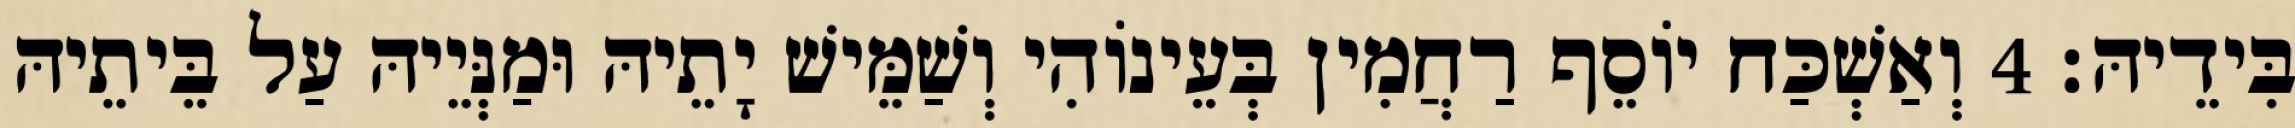
בִּידֵיהּ׃ 4 וְאַשְׁכַּח יוֹסֵף רַחֲמִין בְּעֵינוֹהִי וְשַׁמֵּישׁ יָתֵיהּ וּמַנְּיֵיהּ עַל בֵּיתֵיהּ